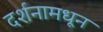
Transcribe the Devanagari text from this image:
दर्शनामधून